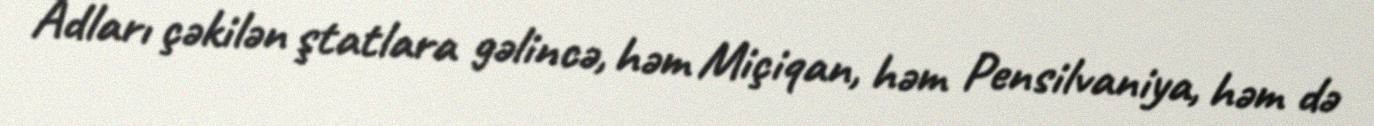
Adları çəkilən ştatlara gəlincə, həm Miçiqan, həm Pensilvaniya, həm də